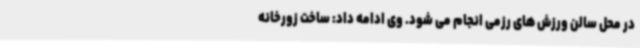
در محل سالن ورزش های رزمی انجام می شود. وی ادامه داد: ساخت زورخانه